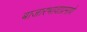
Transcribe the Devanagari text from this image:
बाजारभावाप्रमाणे